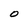
Character: O